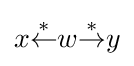
x{\stackrel {*}{\leftarrow }}w{\stackrel {*}{\rightarrow }}y